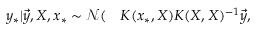
\begin{array} { r l } { { y } _ { * } | \vec { y } , X , x _ { * } \sim \mathcal { N } ( } & { { } K ( x _ { * } , X ) K ( X , X ) ^ { - 1 } \vec { y } , } \end{array}